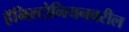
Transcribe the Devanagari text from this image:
हॅमिल्टोनियनवरील